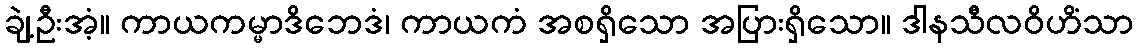
ချဲ့ဦးအံ့။ ကာယကမ္မာဒိဘေဒံ၊ ကာယကံ အစရှိသော အပြားရှိသော။ ဒါနသီလဝိဟိံသာ